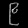
Digit: ၉